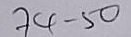
74 - 50